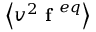
\left\langle v ^ { 2 } \textbf { f } ^ { e q } \right\rangle